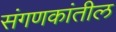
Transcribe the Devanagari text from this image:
संगणकांतील